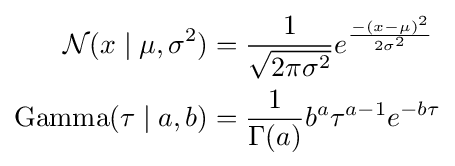
{\begin{aligned}{\mathcal {N}}(x\mid \mu ,\sigma ^{2})&={\frac {1}{\sqrt {2\pi \sigma ^{2}}}}e^{\frac {-(x-\mu )^{2}}{2\sigma ^{2}}}\\\operatorname {Gamma} (\tau \mid a,b)&={\frac {1}{\Gamma (a)}}b^{a}\tau ^{a-1}e^{-b\tau }\end{aligned}}